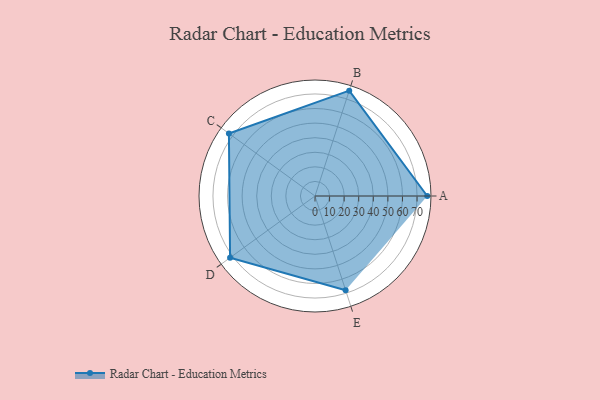
{"axis": {"x": "Skill", "y": "Score"}, "legend": ["Profile"], "data": [{"x": "A", "y": 77.0, "type": "Profile"}, {"x": "B", "y": 76.0, "type": "Profile"}, {"x": "C", "y": 73.0, "type": "Profile"}, {"x": "D", "y": 72.0, "type": "Profile"}, {"x": "E", "y": 68.0, "type": "Profile"}]}